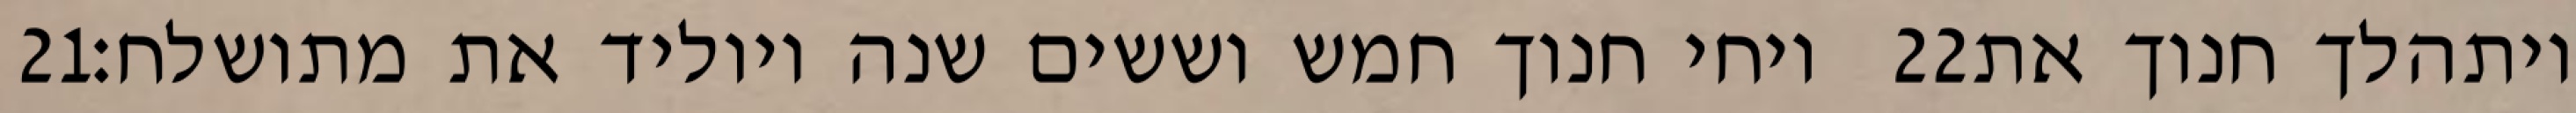
‎21‏ ויחי חנוך חמש וששים שנה ויוליד את מתושלח׃ ‎22‏ ויתהלך חנוך את